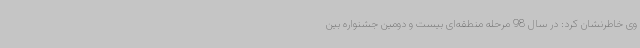
وی خاطرنشان کرد: در سال 98 مرحله منطقه‌ای بیست و دومین جشنواره بین